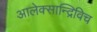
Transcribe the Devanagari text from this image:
आलेक्सान्द्रिविच